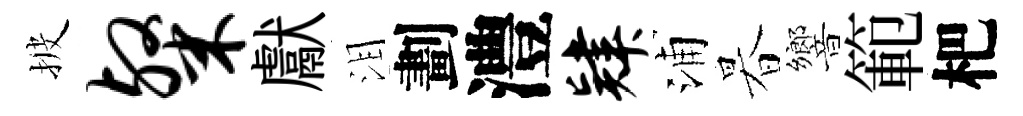
披粲獻泪劃澧肄浦暮響範杷